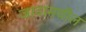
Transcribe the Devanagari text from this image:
जावामधील